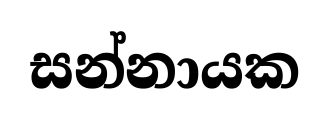
සන්නායක